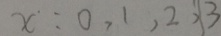
x : 0 , 1 , 2 , 3